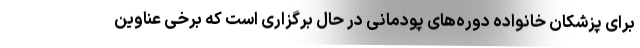
برای پزشکان خانواده دوره‌های پودمانی در حال برگزاری است که برخی عناوین